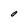
Character: 0